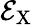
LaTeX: \mathcal{E}_{\mathrm{X}}